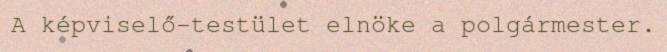
A képviselő-testület elnöke a polgármester.